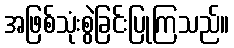
အဖြစ်သုံးစွဲခြင်းပြုကြသည်။